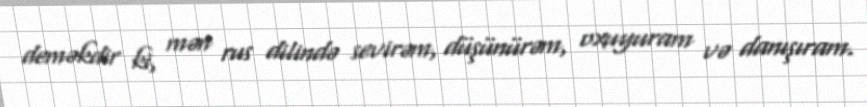
deməkdir ki, mən rus dilində sevirəm, düşünürəm, oxuyuram və danışıram.